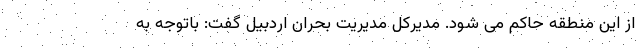
از این منطقه حاکم می شود. مدیرکل مدیریت بحران اردبیل گفت: باتوجه به